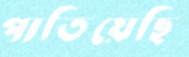
পাতিয়েছি